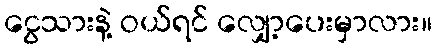
ငွေသားနဲ့ ဝယ်ရင် လျှော့ပေးမှာလား။